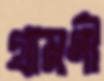
গ্রামণী